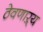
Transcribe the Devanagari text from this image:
ठेवणाऱ्य